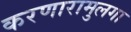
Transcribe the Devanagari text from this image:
करणारामुलगा